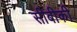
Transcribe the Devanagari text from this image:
सीबीकी